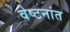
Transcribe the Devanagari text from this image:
वेष्टनांत